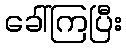
ခေါ်ကြပြီး